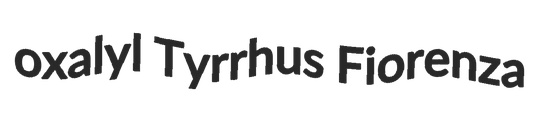
oxalyl Tyrrhus Fiorenza